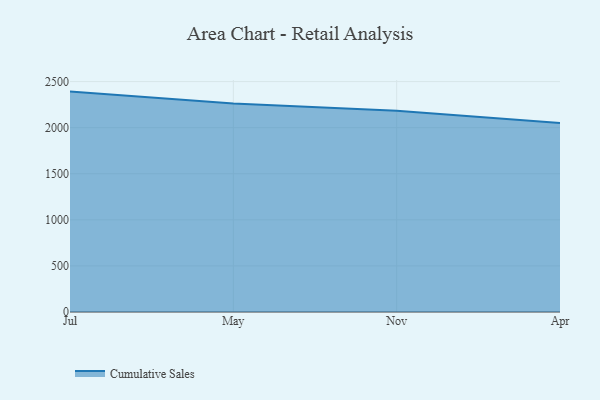
{"axis": {"x": "Month", "y": "Population (Million)"}, "legend": ["Cumulative Sales"], "data": [{"x": "Jul", "y": 2391.3, "type": "Cumulative Sales"}, {"x": "May", "y": 2261.2, "type": "Cumulative Sales"}, {"x": "Nov", "y": 2184.0, "type": "Cumulative Sales"}, {"x": "Apr", "y": 2051.2, "type": "Cumulative Sales"}]}